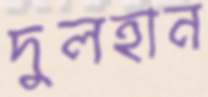
দুলহান